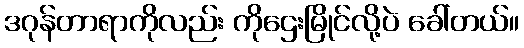
ဒဂုန်တာရာကိုလည်း ကိုဌေးမြိုင်လို့ပဲ ခေါ်တယ်။